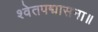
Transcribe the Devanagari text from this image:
श्वेतपद्मासना॥